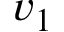
v _ { 1 }